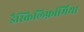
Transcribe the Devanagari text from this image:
डैस्किलिफ़ॉर्मिया